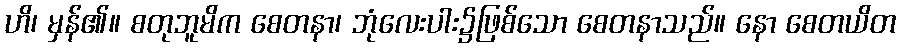
ဟိ၊ မှန်၏။ စတုဘူမိက စေတနာ၊ ဘုံလေးပါး၌ဖြစ်သော စေတနာသည်။ နော စေတယိတ